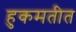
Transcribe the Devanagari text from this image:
हुकमतीत